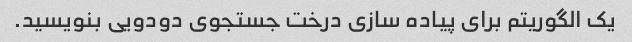
یک الگوریتم برای پیاده سازی درخت جستجوی دودویی بنویسید.